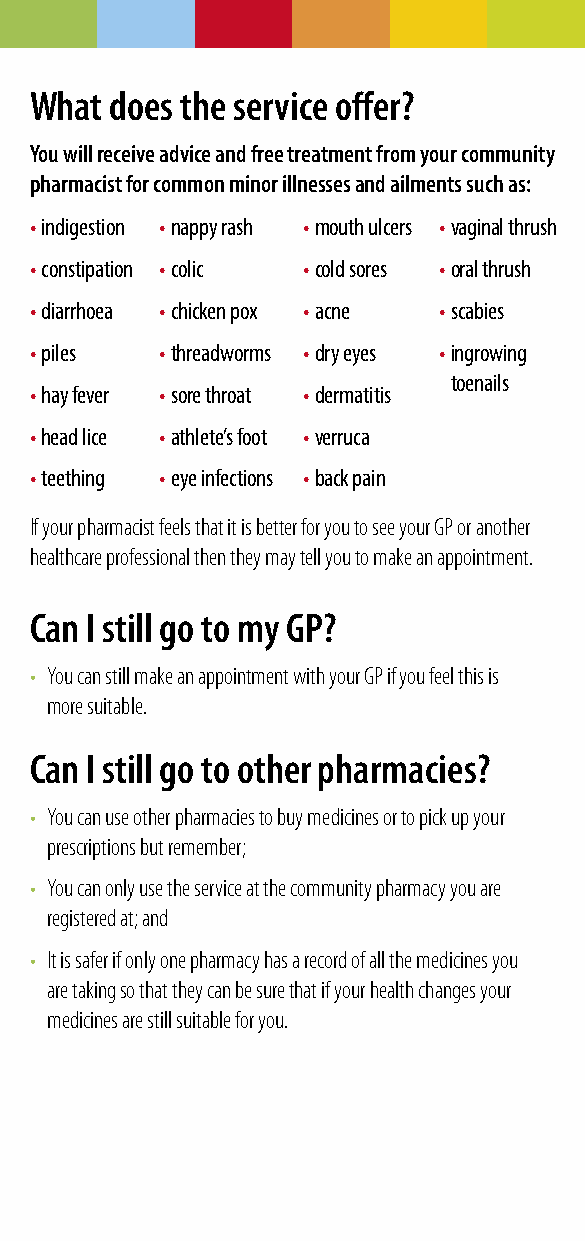
What does the service offer?
 You will receive advice and free treatment from your community
 pharmacist for common minor illnesses and ailments such as:
 • indigestion • nappy rash • mouth ulcers • vaginal thrush
 • constipation • colic • cold sores • oral thrush
 • diarrhoea • chicken pox • acne • scabies
 • piles  • threadworms • dry eyes • ingrowing
 toenails
 • hay fever • sore throat • dermatitis
 • head lice • athlete’s foot • verruca
 • teething • eye infections • back pain
 If your pharmacist feels that it is better for you to see your GP or another
 healthcare professional then they may tell you to make an appointment.
 Can I still go to my GP?
 • You can still make an appointment with your GP if you feel this is
 more suitable.
 Can I still go to other pharmacies?
 • You can use other pharmacies to buy medicines or to pick up your
 prescriptions but remember;
 • You can only use the service at the community pharmacy you are
 registered at; and
 • It is safer if only one pharmacy has a record of all the medicines you
 are taking so that they can be sure that if your health changes your
 medicines are still suitable for you.